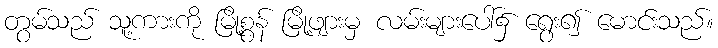
တွမ်သည် သူ့ကားကို မြို့စွန် မြို့ဖျားမှ လမ်းများပေါ်၌ ရွေး၍ မောင်းသည်။